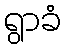
ရွာခံ